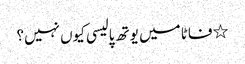
٭فاٹا میں یوتھ پالیسی کیوں نہیں؟